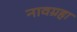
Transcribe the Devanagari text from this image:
नावग्रहा